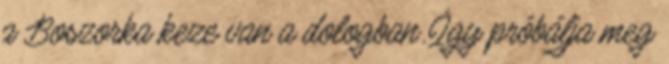
a Boszorka keze van a dologban. Így próbálja meg